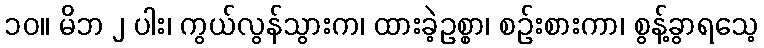
၁၀။ မိဘ ၂ ပါး၊ ကွယ်လွန်သွားက၊ ထားခဲ့ဥစ္စာ၊ စဉ်းစားကာ၊ စွန့်ခွာရသေ့